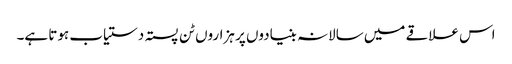
اس علاقے میں سالانہ بنیادوں پر ہزاروں ٹن پستہ دستیاب ہوتا ہے۔